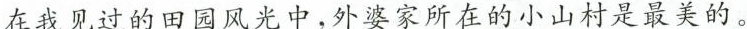
在我见过的田园风光中，外婆家所在的小山村是最美的。